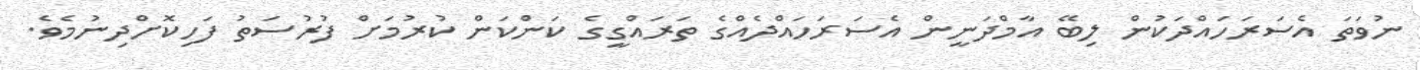
ނުވަތަ އެސަރަހައްދަކުން ލިބޭ އާމްދަނީން އެސަރަހައްދެއްގެ ތަރައްގީގެ ކަންކަން ކުރުމަށް ފުރުސަތު ފަހިކޮށްދިނުމެވެ.